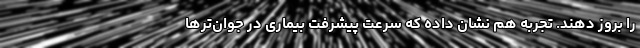
را بروز دهند. تجربه هم نشان داده که سرعت پیشرفت بیماری در جوان‌ترها